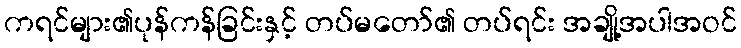
ကရင်များ၏ပုန်ကန်ခြင်းနှင့် တပ်မတော်၏ တပ်ရင်း အချို့အပါအဝင်